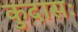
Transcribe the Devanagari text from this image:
कुदासः